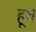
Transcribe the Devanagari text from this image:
हूध